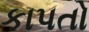
કાપતો